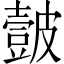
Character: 皼